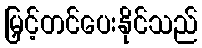
မြှင့်တင်ပေးနိုင်သည်